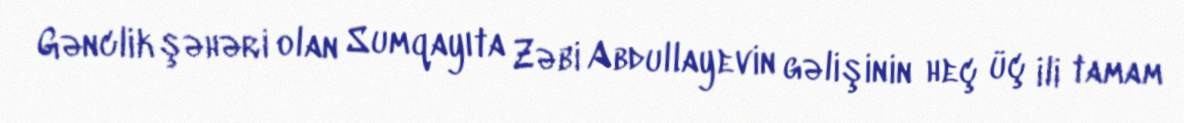
Gənclik şəhəri olan Sumqayıta Zəbi Abdullayevin gəlişinin heç üç ili tamam